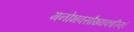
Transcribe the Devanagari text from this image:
मनोभवसौख्यकारिन्।